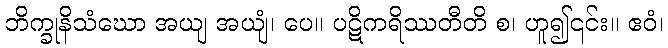
ဘိက္ခုနိသံဃော အယျ အယျံ၊ ပေ။ ပဋိကရိဿတီတိ စ၊ ဟူ၍၎င်း။ ဧဝံ၊